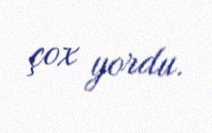
çox yordu.